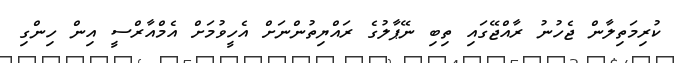
ކުރިމަތިލާން ޖެހުނު ރާއްޖޭގައި ތިބި ނޭޕާލުގެ ރައްޔިތުންނަށް އެހީވުމަށް އެމްއާރްސީ އިން ހިންގި